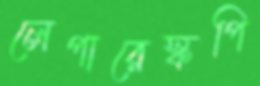
লেপারেস্কপি